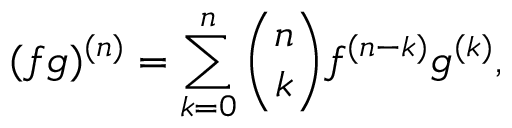
( f g ) ^ { ( n ) } = \sum _ { k = 0 } ^ { n } { \binom { n } { k } } f ^ { ( n - k ) } g ^ { ( k ) } ,